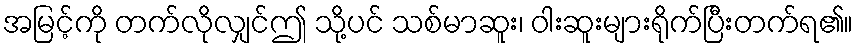
အမြင့်ကို တက်လိုလျှင်ဤ သို့ပင် သစ်မာဆူး၊ ဝါးဆူးများရိုက်ပြီးတက်ရ၏။